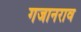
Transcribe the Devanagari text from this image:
गजानराव